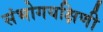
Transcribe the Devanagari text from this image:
संभोगयक्षिणी